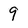
Character: 9